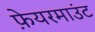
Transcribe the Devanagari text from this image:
फ़ेयरमाउंट